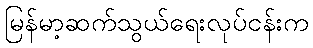
မြန်မာ့ဆက်သွယ်ရေးလုပ်ငန်းက